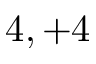
4 , + 4